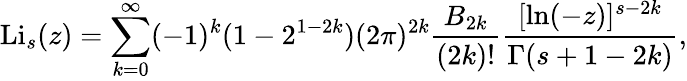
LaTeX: \operatorname{Li}_{s}(z)=\sum_{k=0}^{\infty}(-1)^{k}(1-2^{1-2k})(2\pi)^{2k}{\frac{B_{2k}}{(2k)!}}{\frac{[\ln(-z)]^{s-2k}}{\Gamma(s+1-2k)}},